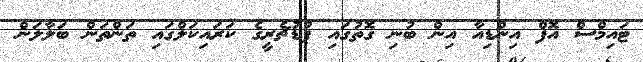
ޓައިމްސް އޮފް އިންޑިއާ އިން ބުނި ގޮތުގައި ޕުޑުޗެރީގެ ކަރައިކަލްގައި ތަންތަން ބަލާލަން